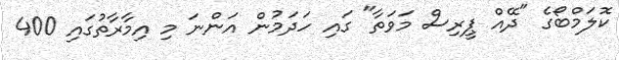
ކޮލަމްބޯގެ "ދޭއް ޕީރިސް މަވަތާ" ގައި ހަދަމުން އަންނަ މި އިމާރާތުގައި 400